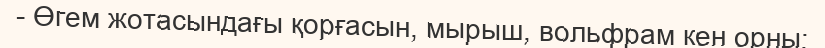
- Өгем жотасындағы қорғасын, мырыш, вольфрам кен орны;